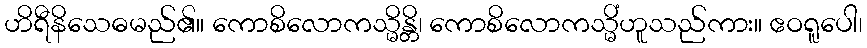
ဟိရီနိသေဓမည်၏။ ကောစိလောကသ္မိန္တိ၊ ကောစိလောကသ္မိံဟူသည်ကား။ ဧဝရူပေါ၊